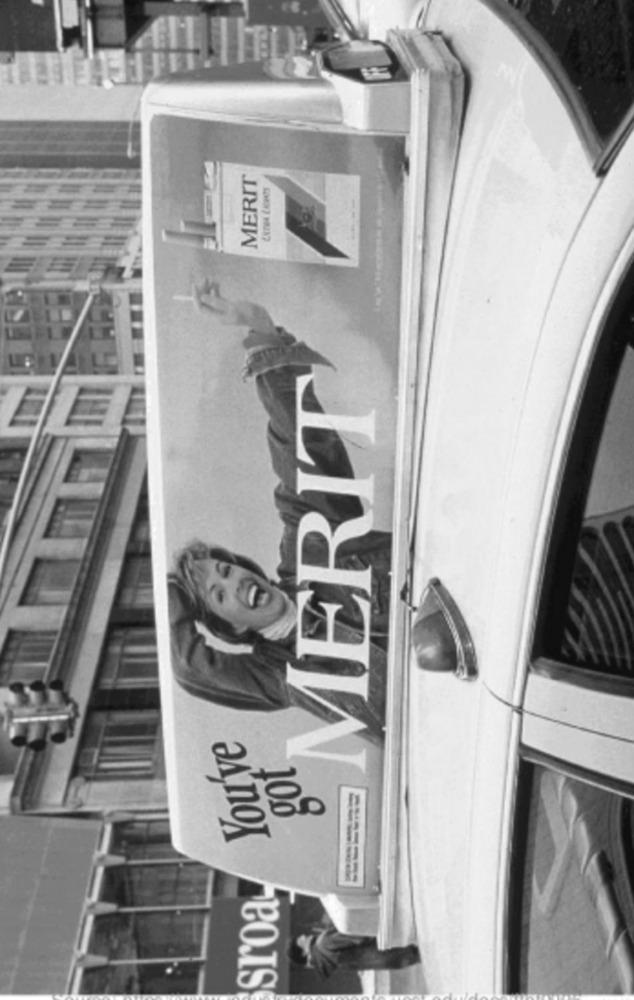
MERIT
MERIT
You've
sroa